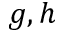
g , h